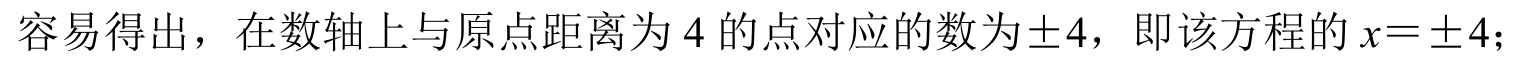
容易得出，在数轴上与原点距离为\(4\)的点对应的数为\(\pm4\)，即该方程的\(x = \pm4\)；